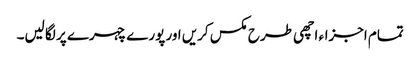
تمام اجزاء اچھی طرح مکس کریں اور پورے چہرے پر لگا لیں۔